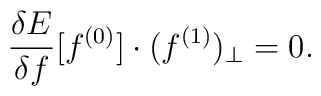
\frac{\delta E}{\delta f} [ f^{(0)} ] \cdot (f^{(1)})_\perp        = 0.